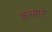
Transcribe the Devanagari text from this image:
जनताने